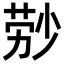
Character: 𬝃